Medical and sanitary report of the native army of Madras for the year
Year: 1877
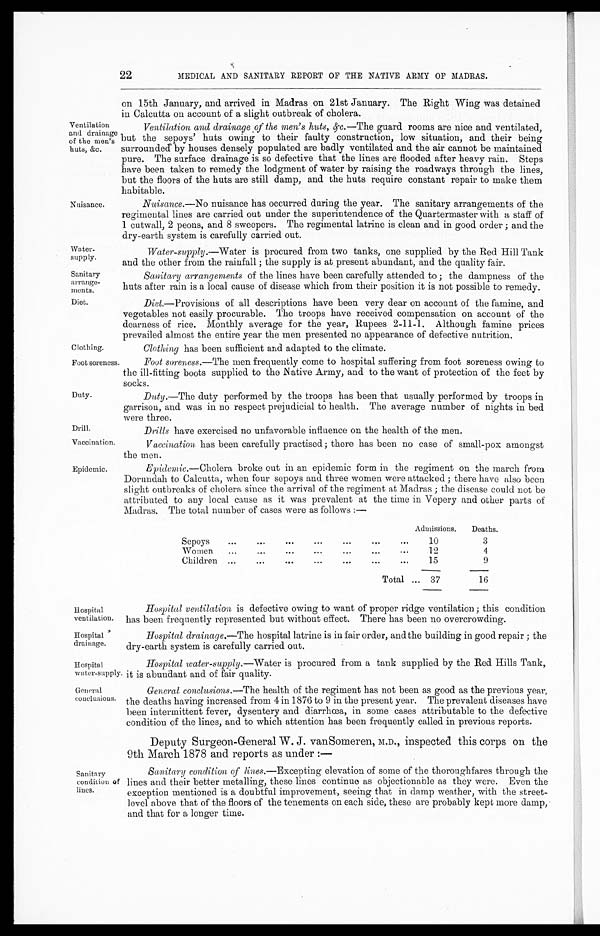
Nuisance.
Water-
supply.
Sanitary
arrange-
ments.
Diet.
Clothing.
Drill.
Vaccination.
Epidemic.
Hospital
ventilation.
Hospital
drainage.
Hospit
al water-supply.
General conclusions.
Ventilation
and drainage
of the men's
huts, &c.
22
MEDICAL AND SANITARY REPORT OF THE NATIVE ARMY OF MADRAS.
on 15th January, and arrived in Madras on 21st January. The Right Wing was detained
in Calcutta on account of a slight outbreak of cholera.
Ventilation and drainage of the men's huts, &c .—The guard rooms are nice and ventilated,
but the sepoys' huts owing to their faulty construction, low situation, and their being
surrounded by houses densely populated are badly ventilated and the air cannot be maintained
pure. The surface drainage is so defective that the lines are flooded after heavy rain. Steps
have been taken to remedy the lodgment of water by raising the roadways through the lines,
but the floors of the huts are still damp, and the huts require constant repair to make them
habitable.
Nuisance. —No nuisance has occurred during the year. The sanitary arrangements of the
regimental lines are carried out under the superintendence of the Quartermaster with a staff of
1 cutwall, 2 peons, and 8 sweepers. The regimental latrine is clean and in good order; and the
dry-earth system is carefully carried out.
Water-supply. —Water is procured from two tanks, one supplied by the Red Hill Tank
and the other from the rainfall; the supply is at present abundant, and the quality fair.
Sanitary arrangements of the lines have been carefully attended to; the dampness of the
huts after rain is a local cause of disease which from their position it is not possible to remedy.
Diet.—Provisions of all descriptions have been very dear on account of the famine, and
vegetables not easily procurable. The troops have received compensation on account of the
dearness of rice. Monthly average for the year, Rupees 2-11-1. Although famine prices
prevailed almost the entire year the men presented no appearance of defective nutrition.
Clothing has been sufficient and adapted to the climate.
Foot soreness.
Duty.
Foot soreness. —The men frequently come to hospital suffering from foot soreness owing to
the ill-fitting boots supplied to the Native Army, and to the want of protection of the feet by
socks.
Duty.—The duty performed by the troops has been that usually performed by troops in
garrison, and was in no respect prejudicial to health. The average number of nights in bed
were three.
Drills have exercised no unfavorable influence on the health of the men.
Vaccination has been carefully practised; there has been no case of small-pox amongst
the men.
Epidemic.—Cholera broke out in an epidemic form in the regiment on the march from
Dorundah to Calcutta, when four sepoys and three women were attacked; there have also been
slight outbreaks of cholera since the arrival of the regiment at Madras; the disease could not be
attributed to any local cause as it was prevalent at the time in Vepery and other parts of
Madras. The total number of cases were as follows:—
Admissions.
Deaths.
Sepoys
10
3
Women
12
4
Children
15
9
Total
37
16
Hospital ventilation is defective owing to want of proper ridge ventilation; this condition
has been frequently represented but without effect. There has been no overcrowding.
Hospital drainage.—The hospital latrine is in fair order, and the building in good repair; the
dry-earth system is carefully carried out.
Sanitary
condition of
lines.
Hospital water-supply. —Water is procured from a tank supplied by the Red Hills Tank,
it is abundant and of fair quality.
General conclusions. —The health of the regiment has not been as good as the previous year,
the deaths having increased from 4 in 1876 to 9 in the present year. The prevalent diseases have
been intermittent fever, dysentery and diarrhœa, in some cases attributable to the defective
condition of the lines, and to which attention has been frequently called in previous reports.
Deputy Surgeon-General W. J. vanSomeren, M.D., inspected this corps on the
9th March 1878 and reports as under:—
Sanitary condition of lines.—Excepting elevation of some of the thoroughfares through the
lines and their better metalling, these lines continue as objectionable as they were. Even the
exception mentioned is a doubtful improvement, seeing that in damp weather, with the street-
level above that of the floors of the tenements on each side, these are probably kept more damp,
and that for a longer time.